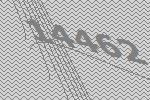
14462